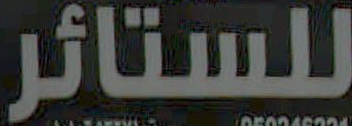
للستائر